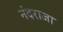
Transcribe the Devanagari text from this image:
नंदराजा